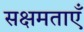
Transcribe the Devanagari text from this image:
सक्षमताएँ